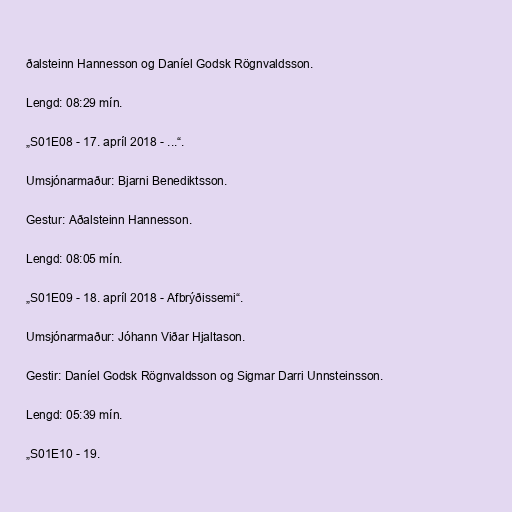
ðalsteinn Hannesson og Daníel Godsk Rögnvaldsson.

Lengd: 08:29 mín.

„S01E08 - 17. apríl 2018 - ...“.

Umsjónarmaður: Bjarni Benediktsson.

Gestur: Aðalsteinn Hannesson.

Lengd: 08:05 mín.

„S01E09 - 18. apríl 2018 - Afbrýðissemi“.

Umsjónarmaður: Jóhann Viðar Hjaltason.

Gestir: Daníel Godsk Rögnvaldsson og Sigmar Darri Unnsteinsson.

Lengd: 05:39 mín.

„S01E10 - 19.